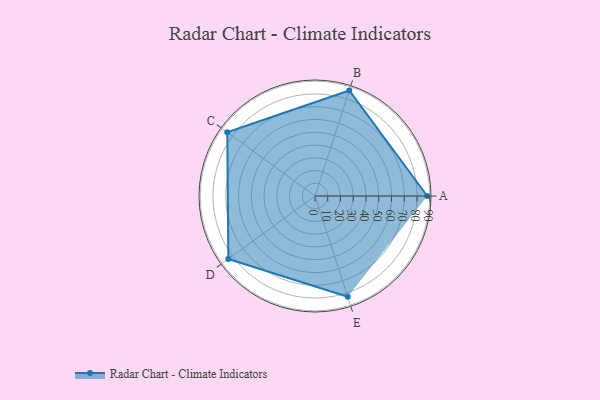
{"axis": {"x": "Skill", "y": "Score"}, "legend": ["Profile"], "data": [{"x": "A", "y": 88.0, "type": "Profile"}, {"x": "B", "y": 87.0, "type": "Profile"}, {"x": "C", "y": 85.0, "type": "Profile"}, {"x": "D", "y": 84.0, "type": "Profile"}, {"x": "E", "y": 83.0, "type": "Profile"}]}